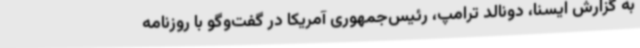
به گزارش ایسنا، دونالد ترامپ، رئیس‌جمهوری آمریکا در گفت‌وگو با روزنامه